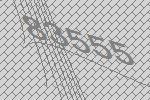
83555